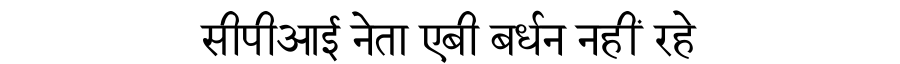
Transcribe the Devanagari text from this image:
सीपीआई नेता एबी बर्धन नहीं रहे